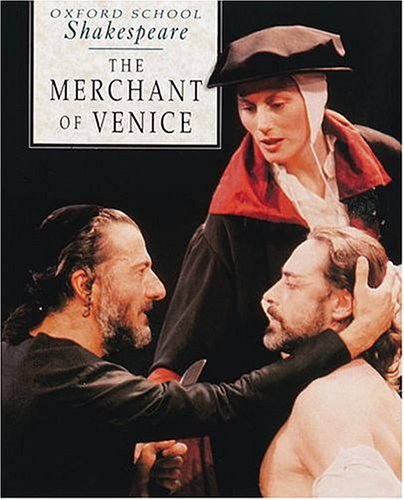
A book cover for The Merchant of Venice (Oxford School Shakespeare Series); William Shakespeare; Literature & Fiction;